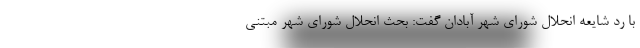
با رد شایعه انحلال شورای شهر آبادان گفت: بحث انحلال شورای شهر مبتنی